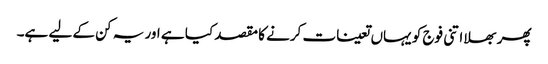
پھر بھلا اتنی فوج کو یہاں تعینات کرنے کا مقصد کیا ہے اور یہ کن کے لیے ہے۔